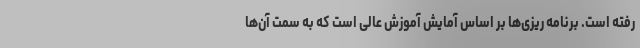
رفته است. برنامه ریزی‌ها بر اساس آمایش آموزش عالی است که به سمت آن‌ها